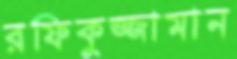
রফিকুজ্জামান